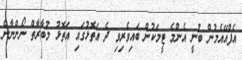
އެފްއޭއެމުން ބުނީ އެންމެ ޓީމަކުން ބައިވެރިވި ދެ އަތޮޅުގައި އަތޮޅު މުބާރާތް ނޯންނާނެ